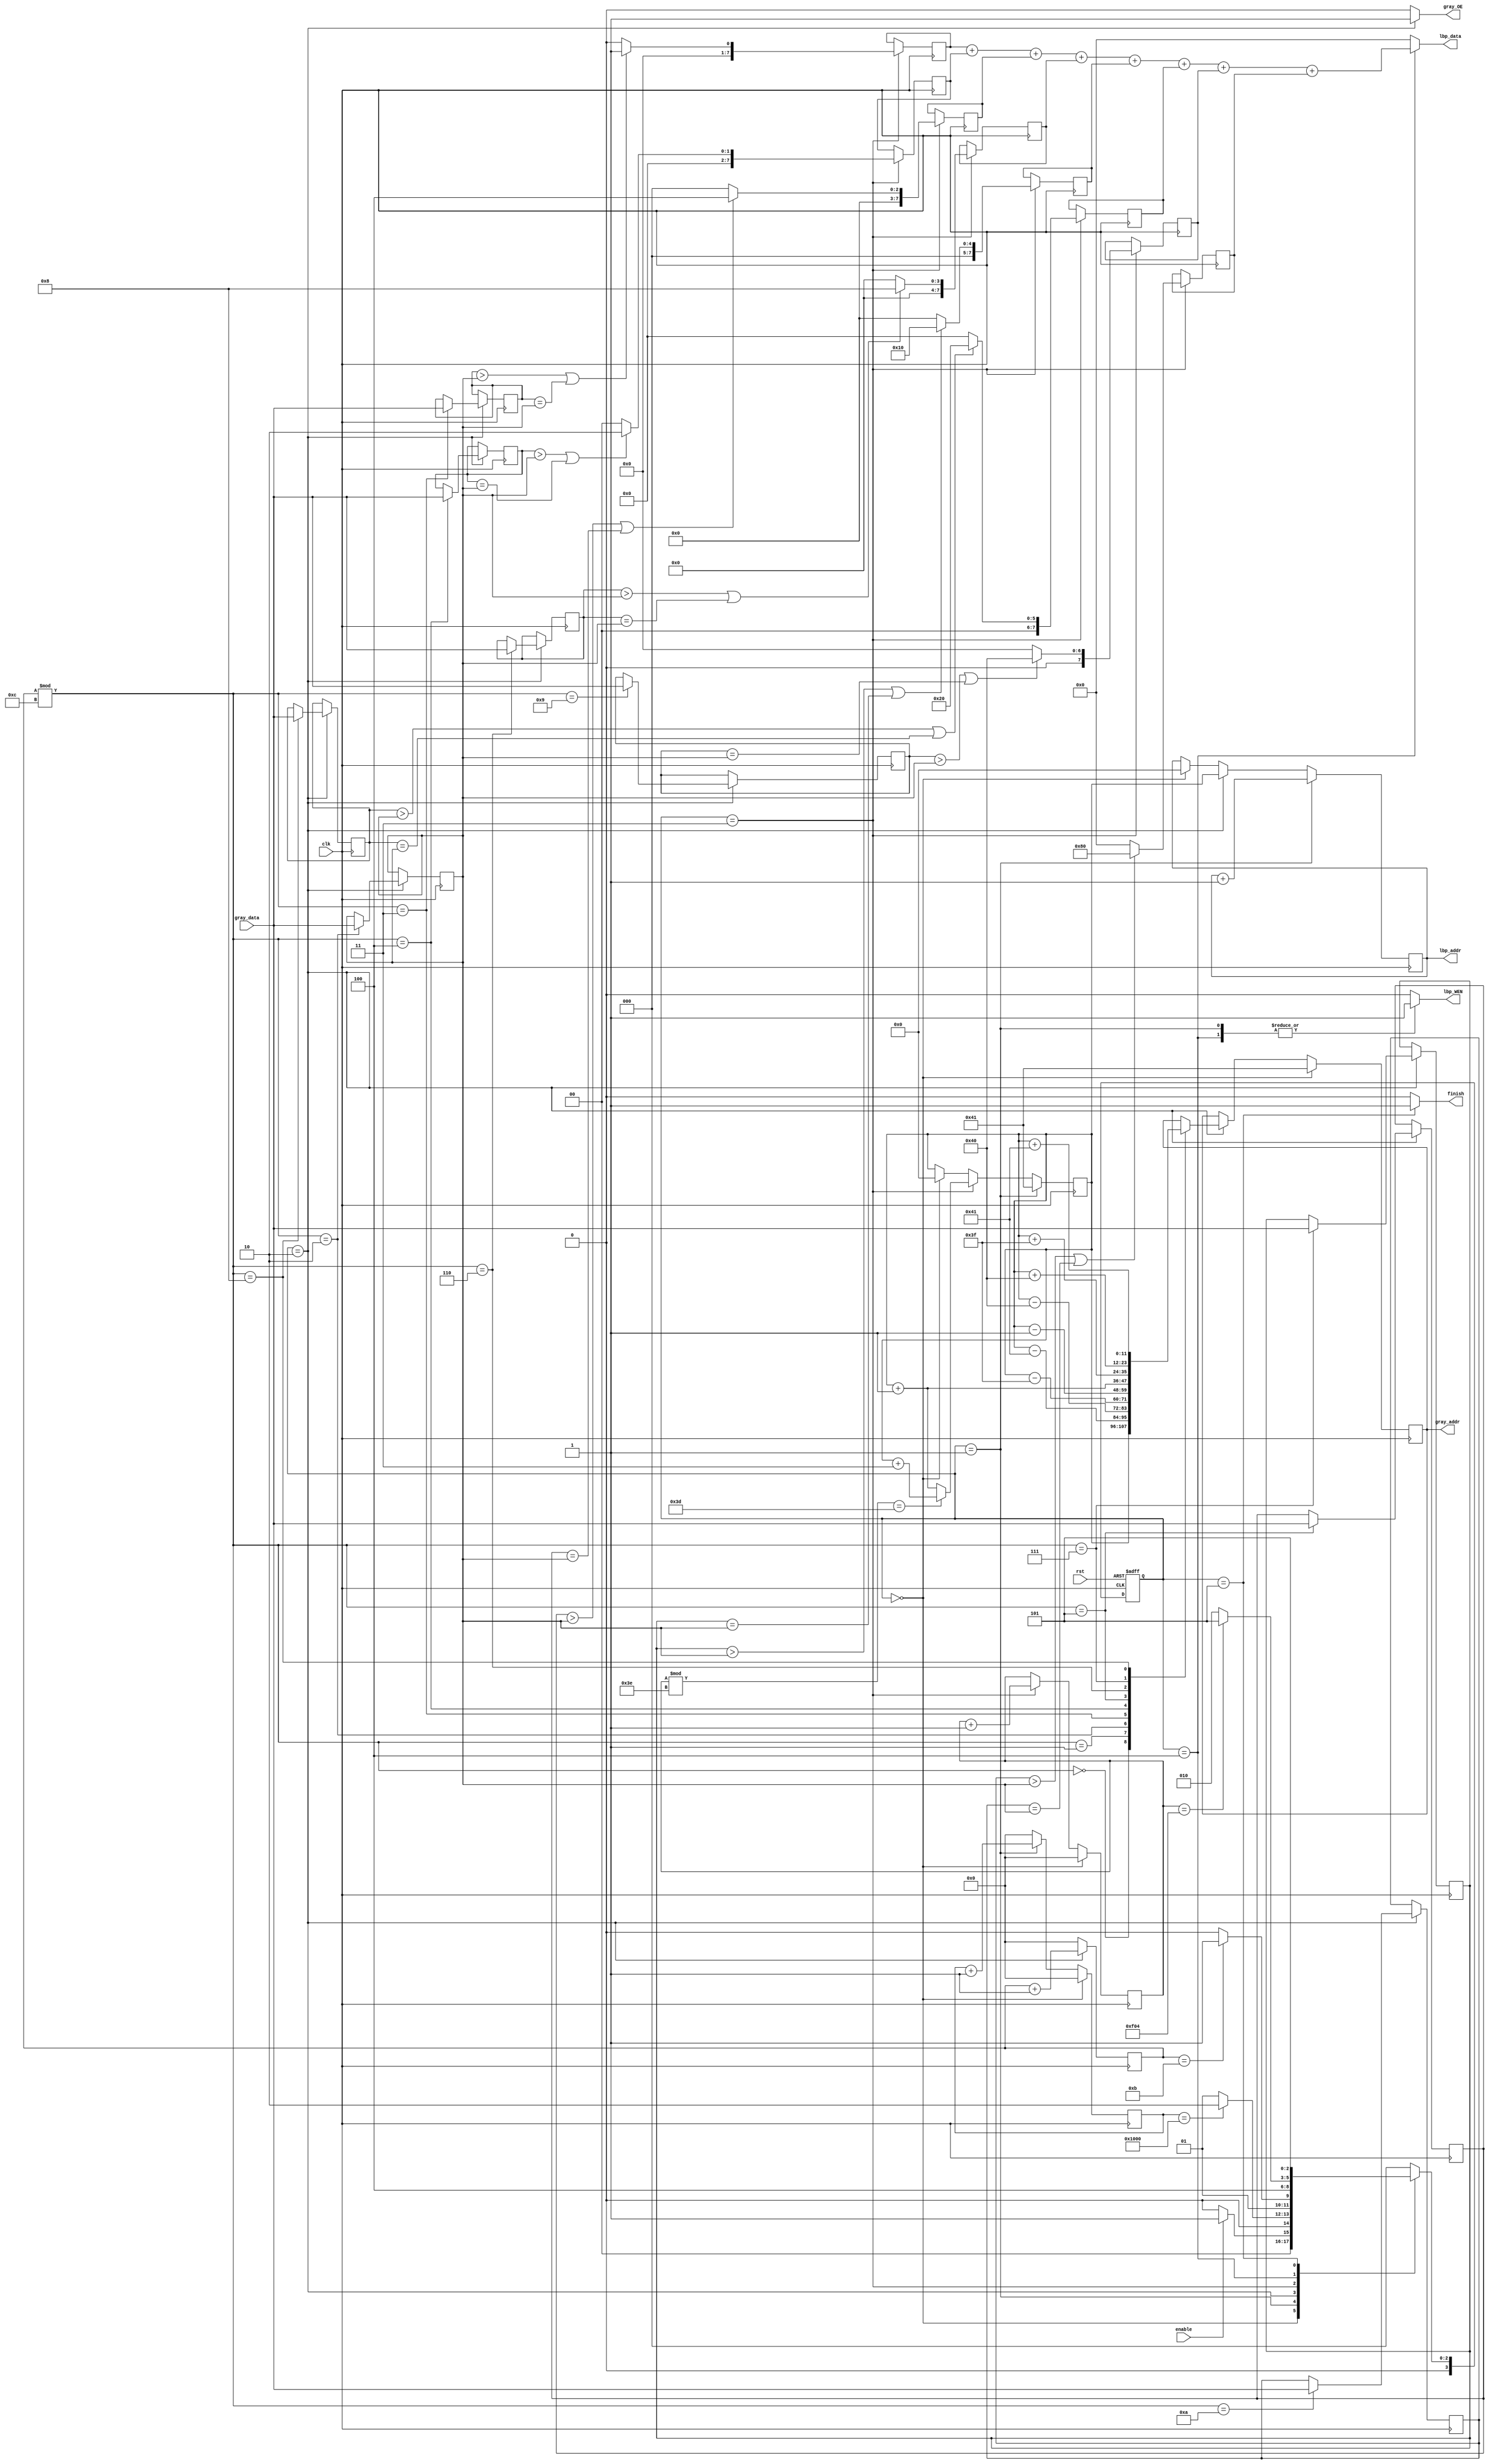
module LBP
(
                                input                           clk,
                                input                           rst,
                                input                           enable,
                                output  reg     [11:0]  gray_addr,
                                output  reg             gray_OE,
                                input           [7:0]   gray_data,
                                output  reg     [11:0]  lbp_addr,
                                output  reg         lbp_WEN,
                                output  reg [7:0]       lbp_data,
                                output  reg                     finish
);
parameter s0 = 4'd0,//clear
	 s1 = 4'd1,//read
	 s2 = 4'd2,
	 s3 = 4'd3,
	 s4 = 4'd4,
	 s5 = 4'd5;
reg [3:0]cs,ns;
reg [31:0]counter,counter1;
reg [31:0] i;
reg [11:0]inside_using;
reg [7:0]temp[8:0];
reg [7:0]temp2[7:0];
always@(posedge clk or posedge rst) begin
	if(rst) begin
		cs<=s0;
	end
	else begin
		cs<=ns;
	end        
end
always@(*)begin
case(cs)
	s0: begin//idle
		if(enable==1'd1)
			ns = s1;    
		else 
			ns = s0;
	end    
	s1: begin//clear
		if(counter == 32'd4096) 
			ns = s2;
		else 
			ns = s1;
	end
	s2: begin//clear
		if(i==32'd11)     
			ns = s3;
		else
			ns = s2;
	end

	s3:begin
		ns = s4;                                                                                                         
	end
	s4:begin
	if(counter1 == 32'd3844)
		ns = s5;
	else
		ns = s2;
	end
	s5:
		ns = s5;
	default:
		ns = s0;
endcase
end
always@(posedge clk)begin
	if(cs == s0)begin
		counter <=32'd0;
	end
	else if(cs == s1)begin
		counter <= counter + 32'd1;
	end
	else	
		counter <= 32'd0;
end
always@(posedge clk)begin
        if(cs==s0)
                gray_addr<=12'd65;
        else if(cs == s2)begin
					case(i%12)
					32'd0:
									gray_addr <= inside_using;
					32'd1:begin
									gray_addr <= inside_using - 12'd65;
					end
					32'd2:begin     
									gray_addr <= inside_using - 12'd64;
					end
					32'd3:begin
									gray_addr <= inside_using - 12'd63;
					end
					32'd4:begin
									gray_addr <= inside_using - 12'd1;
					end
					32'd5:begin
									gray_addr <= inside_using + 12'd1; 

					end
					32'd6:begin     
									gray_addr <= inside_using + 12'd63; 
					end
					32'd7:begin
									gray_addr <= inside_using + 12'd64; 
					end
					32'd8:begin
									gray_addr <= inside_using + 12'd65;
					end
					32'd9:begin
									 
					end
					32'd10:begin    
									//inside_gray = inside_using + 12'd65;  
									end
					32'd11:begin
                end
				default: begin
				end
                                                                
			endcase
                end
end
always@(posedge clk)begin
		if(cs == s2)begin
			      case(i%12)
		32'd0:begin
		end
		32'd1:begin
		end
		32'd2:begin     
						temp[0] <= gray_data;
		end
		32'd3:begin
						temp[1] <= gray_data;
		end
		32'd4:begin
						temp[2] <= gray_data;
		end
		32'd5:begin
						temp[3] <= gray_data;
		end
		32'd6:begin     
						temp[4] <= gray_data;
		end
		32'd7:begin
						temp[5] <= gray_data;
		end
		32'd8:begin
						temp[6] <= gray_data;
		end
		32'd9:begin
						temp[7] <= gray_data;
		end
		32'd10:begin    
						temp[8] <= gray_data;
						end
		32'd11:begin
		end
		default: begin
		end
                                endcase
		end
end
always@(posedge clk)begin
	if(cs == s0)
		counter1<=32'd0;
	else if(cs == s3)
		counter1 <= counter1 +32'd1;	
end
always@(posedge clk)begin
	if(cs == s1)
		lbp_addr <= lbp_addr + 12'd1;
	else if(cs == s2)
		lbp_addr <= inside_using;
	else if(cs == s0)
		lbp_addr <= 12'd0;
end
always@(posedge clk)begin

	if(cs == s1)
		inside_using <= 12'd65;
	else if(cs == s3)begin
		if(counter1%62==61)               
			inside_using <= inside_using + 12'd3;
		else
			inside_using <= inside_using + 12'd1;  
	end
	else if(cs == s0)
		inside_using <= 12'd0;
end
always@(posedge clk)begin
	if(cs == s3) begin
		temp2[0] <= (temp[1]>temp[0]||temp[1]==temp[0])?8'd1:8'd0;            
		temp2[1] <= (temp[2]>temp[0]||temp[2]==temp[0])?8'd2:8'd0;
		temp2[2] <= (temp[3]>temp[0]||temp[3]==temp[0])?8'd4:8'd0;
		temp2[3] <= (temp[4]>temp[0]||temp[4]==temp[0])?8'd8:8'd0;
		temp2[4] <= (temp[5]>temp[0]||temp[5]==temp[0])?8'd16:8'd0;
		temp2[5] <= (temp[6]>temp[0]||temp[6]==temp[0])?8'd32:8'd0;
		temp2[6] <= (temp[7]>temp[0]||temp[7]==temp[0])?8'd64:8'd0;
		temp2[7] <= (temp[8]>temp[0]||temp[8]==temp[0])?8'd128:8'd0;  
	end
end
always@(posedge clk)begin
	if(cs == s2)
		i <= i + 32'd1;
	else 
		i <= 32'd0;
end
always@(*)begin
case(cs)
	s0: begin
		lbp_WEN = 1'd0;
		gray_OE = 1'd0;
		lbp_data = 8'd0;
		finish = 1'd0;
	end
	s1:begin
		finish = 1'd0;
		gray_OE =1'd0;
		lbp_WEN = 1'd1;
		lbp_data = 8'd0;
	end
	s2:begin
		finish = 1'd0;
		gray_OE =1'd1;
		lbp_WEN = 1'd0;
		lbp_data = 8'd0;
	end
	s3:begin
		gray_OE = 1'd0;
		finish = 1'd0;
		lbp_WEN = 1'd0;
	    lbp_data = 8'd0;
	end 
	s4:begin
		lbp_data = temp2[0]+temp2[1]+temp2[2]+temp2[3]+temp2[4]+temp2[5]+temp2[6]+temp2[7];
		lbp_WEN = 1'd1;
		gray_OE = 1'd0;
		finish = 1'd0;
		//if(counter1 == 3844)begin
			//lbp_WEN = 1'd0;
		//end                                                                                                   
	end
	s5:begin
			finish = 1'd1;
			gray_OE =1'd0;
			lbp_WEN = 1'd0;
			lbp_data = 8'd0;	
	end   
	default: begin
			finish = 1'd0;
			gray_OE =1'd0;
			lbp_WEN = 1'd0;
			lbp_data = 8'd0;	                                                            
	end                                                                        
endcase
end
endmodule